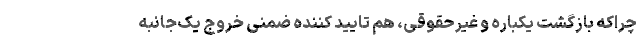
چراکه بازگشت یکباره و غیرحقوقی، هم تایید کننده‌ ضمنی خروج یک‌جانبه‌